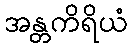
အန္တကိရိယံ